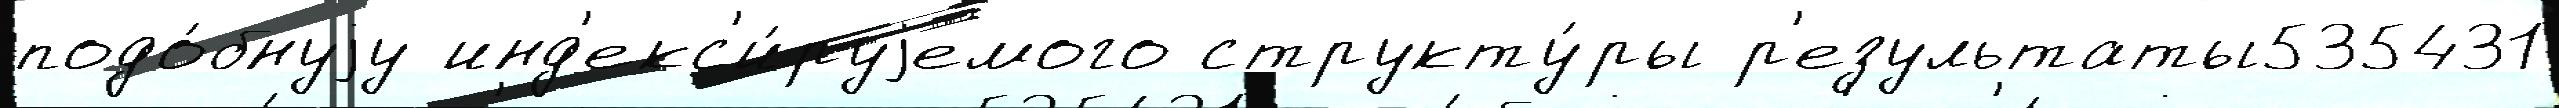
подо́бнуjу инд'екс'и́руjемого структу́ры р'езультаты535431